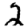
Digit: 2